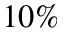
1 0 \%